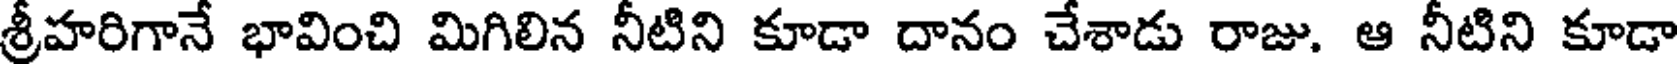
శ్రీహరిగానే భావించి మిగిలిన నీటిని కూడా దానం చేశాడు రాజు. ఆ నీటిని కూడా